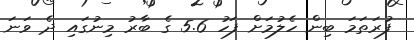
ފުރަތަމަ ބިން ހެލުމަށް ފަހު 5.6 ގެ ބާރު މިނުގައި ދެ ވަނަ